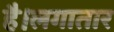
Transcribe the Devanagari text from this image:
है।लगातार